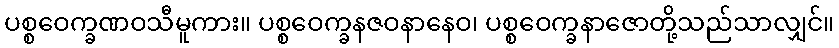
ပစ္စဝေက္ခဏဝသီမူကား။ ပစ္စဝေက္ခနဇဝနာနေဝ၊ ပစ္စဝေက္ခနာဇောတို့သည်သာလျှင်။